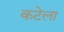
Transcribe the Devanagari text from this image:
कटेला